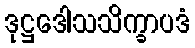
ဒုဋ္ဌဒေါသသိက္ခာပဒံ